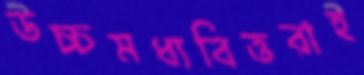
উচ্চমধ্যবিত্তরাই